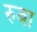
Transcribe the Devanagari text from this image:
रुबा